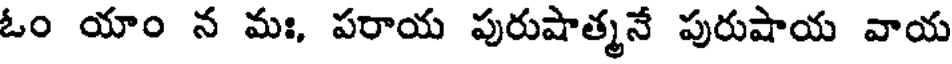
ఓం యాం న మః, పరాయ పురుషాత్మనే పురుషాయ వాయ